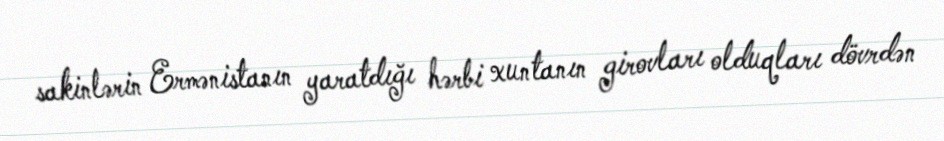
sakinlərin Ermənistanın yaratdığı hərbi xuntanın girovları olduqları dövrdən